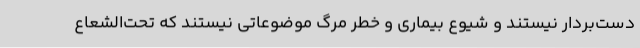
دست‌بردار نیستند و شیوع بیماری و خطر مرگ موضوعاتی نیستند که تحت‌الشعاع